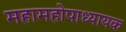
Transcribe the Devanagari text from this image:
महामहोपाध्यायक